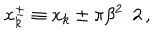
x _ { k } ^ { \pm } \equiv x _ { k } \pm \pi \beta ^ { 2 } / 2 \, ,